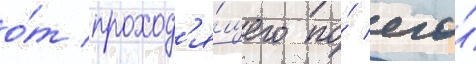
о́т проход'я́щего по́ его́